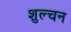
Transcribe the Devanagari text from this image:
शुल्चन